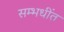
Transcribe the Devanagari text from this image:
सम्भधींत